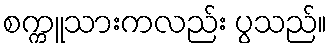
စက္ကူသားကလည်း ပွသည်။